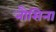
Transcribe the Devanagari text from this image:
नौसिना